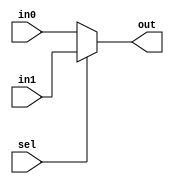
//selector.v
module selector (in0, in1, sel, out);
	input[7:0] in0, in1;
	input sel;
	output[7:0] out;

		assign out = (sel)? in1:in0;
endmodule